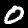
Digit: 0